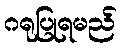
ဂရုပြုရမည်